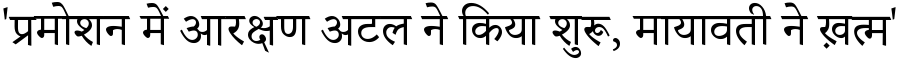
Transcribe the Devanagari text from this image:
'प्रमोशन में आरक्षण अटल ने किया शुरू, मायावती ने ख़त्म'